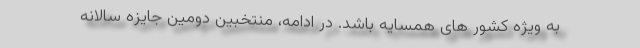
به ویژه کشور های همسایه باشد. در ادامه، منتخبین دومین جایزه سالانه